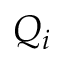
Q _ { i }